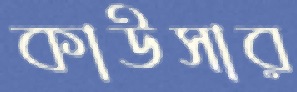
কাউসার